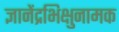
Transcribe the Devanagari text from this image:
ज्ञानेंद्रभिक्षुनामक